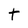
Character: t